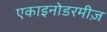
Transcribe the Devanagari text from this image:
एकाइनोडरमीज़